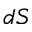
d S